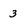
Character: 3